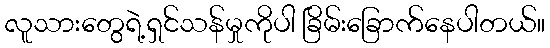
လူသားတွေရဲ့ရှင်သန်မှုကိုပါ ခြိမ်းခြောက်နေပါတယ်။